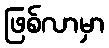
ဖြစ်လာမှာ